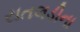
રાતલડીના